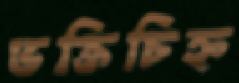
ভক্তিচিহ্ন